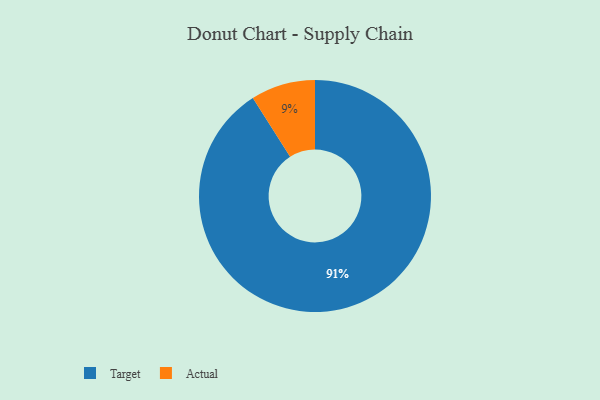
{"axis": {"x": "Category", "y": "Percentage"}, "legend": ["Actual", "Target"], "data": [{"x": "Actual", "y": 9, "type": "Actual"}, {"x": "Target", "y": 91, "type": "Target"}]}